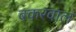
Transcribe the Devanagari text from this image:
बकरवाल